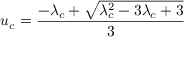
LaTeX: u _ { c } = \frac { - \lambda _ { c } + \sqrt { \lambda _ { c } ^ { 2 } - 3 \lambda _ { c } + 3 } } { 3 }